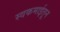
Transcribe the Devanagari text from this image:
स्वकमाईतून